Civil Veterinary Dept. Bombay admin report 1914-1922 - 1914-1922
Year: 1914
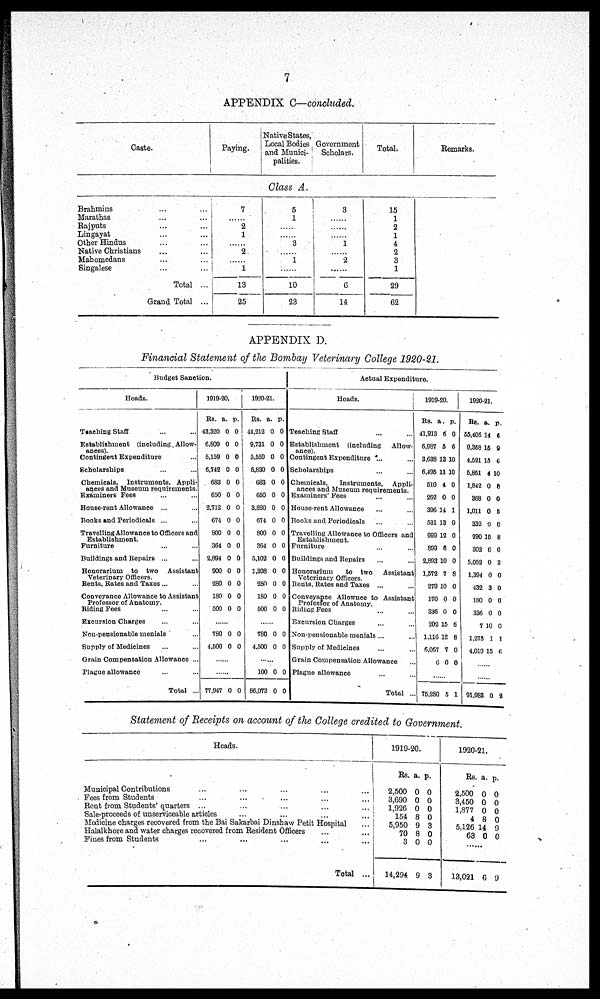
7
APPENDIX C—concluded.
Caste.
Paying.
Native States,
Local Bodies
and Munici-
palities.
Government
Scholars.
Total.
Remarks.
Class A.
Brahmins ... ...
Marathas ... ...
Rajputs ... ...
Lingayat ... ...
Other Hindus ... ...
Native Christians ... ...
Mahomedans ... ...
Singalese ... ...
Total ...
Grand Total ...
7
......
2
1
2
1
13
25
5
1
......
3
......
1
......
10
23
3
......
......
......
1
......
2
6
14
15
1
2
1
4
2
3
1
29
62
APPENDIX D.
Financial Statement of the Bombay Veterinary College 1920-21.
Budget Sanction.
Heads.
Teaching Staff ... ...
Establishment (including Allow-
Contingent Expenditure ...
Scholarships ... ...
Chemicals, Instruments, Appli-
ances and Museum requirements.
Examiners Fees ... ...
House-rent Allowance ... ...
Books and Periodicals ... ...
Travelling Allowance to Officers and
Establishment.
Furniture ... ...
Buildings and Repairs ... ...
Honorarium to two Assistant
Veterinary Officers.
Rents, Rates and Taxes ... ...
Conveyance Allowance to Assistant
Professor of Anatomy.
Biding Fees ... ...
Excursion Charges ... ...
Non-pensionable menials ...
Supply of Medicines ... ...
Grain Compensation Allowance ...
Plague allowance ... ...
Total ...
1919-20.
Rs.
43,320
6,809
5,159
6,742
683
650
2,712
674
800
364
2,894
900
260
180
500
a.
0
0
0
0
0
0
0
0
0
0
0
0
0
0
0
p.
0
0
0
0
0
0
0
0
0
0
0
0
0
0
0
......
780
4,500
0
0
0
0
......
......
77,947 0 0
1920-21.
Rs.
44,212
9,731
5,559
6,830
683
650
3,820
674
800
364
5,102
1,308
280
180
500
a.
0
0
0
0
0
0
0
0
0
0
0
0
0
0
0
p.
0
0
0
0
0
0
0
0
0
0
0
0
0
0
0
......
780
4,500
0
0
0
0
......
100
86,073
0
0
0
0
Actual Expenditure.
Heads.
Teaching Staff ... ...
Establishment (including
Allow-
Contingent Expenditure ... ...
Scholarships ... ...
Chemicals,
Instruments,
Appli-
ances and Museum requirements.
Examiners' Fees ... ...
House-rent Allowance ... ...
Books and Periodicals ... ...
Travelling Allowance to Officers and
Establishment.
Furniture ... ...
Buildings and Repairs ... ...
Honorarium
to two Assistant
Veterinary Officers.
Rents, Rates and Taxes ... ...
Conveyance Allownce to Assistant
Professor of Anatomy.
Riding Fees ... ...
Excursion Charges ... ...
Non-pensionable menials ... ...
Supply of Medicines ... ...
Grain Compensation Allowance ...
Plague allowance ... ...
Total ...
1919-20.
Rs.
41,913
6,987
3,638
6,495
510
262
396
531
999
899
2,893
1,572
279
170
336
202
1,116
6,067
6
a.
6
5
13
11
4
0
14
13
12
6
10
7
10
0
0
15
12
7
0
p.
0
6
10
10
0
0
1
0
0
0
0
8
0
0
0
6
8
0
0
......
75,280 5 1
1920-21.
Rs
65,406
9,358
4,521
5,851
1,842
368
1,011
332
290
302
5,052
1,394
432
180
336
7
1,275
4,019
a.
14
15
15
4
0
0
0
9
15
6
0
0
3
0
0
10
1
15
p.
6
0
6
10
8
0
5
0
8
0
3
0
0
0
0
0
1
6
......
......
91,983 0 2
Statement of Receipts on account of the College credited to Government.
Heads.
Municipal Contributions ... ... ... ... ...
Pees from Students ... ... ... ... ...
Rent from Students' quarters ... ... ... ... ...
Sale-proceeds of unserviceable articles ... ... ... ...
Medicine charges recovered from the Bai Sakarbai Dinshaw Petit Hospital ...
Halalkhore and water charges recovered from Resident Officers ... ...
Pines from Students ... ... ... ... ...
Total ...
1919-20.
Rs.
2,500
3,690
1,926
154
5,950
70
3
14,294
a.
0
0
0
8
9
8
0
9
p.
0
0
0
0
3
0
0
3
1920-21.
Rs.
2 500
3,450
1,877
4
5,126
63
a.
0
0
0
8
14
0
p.
0
0
0
0
9
0
......
13,021 6
9